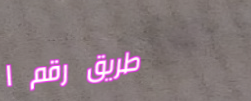
طريق رقم ١